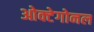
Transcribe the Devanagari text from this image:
ओक्टेगोनल